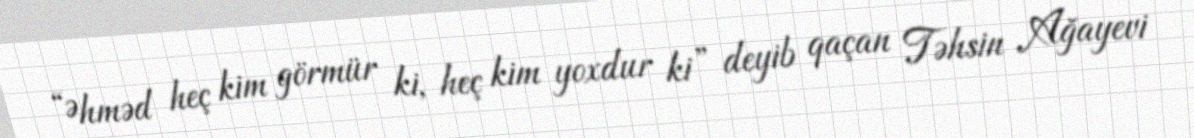
“Əhməd heç kim görmür ki, heç kim yoxdur ki” deyib qaçan Təhsin Ağayevi